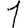
Digit: 1